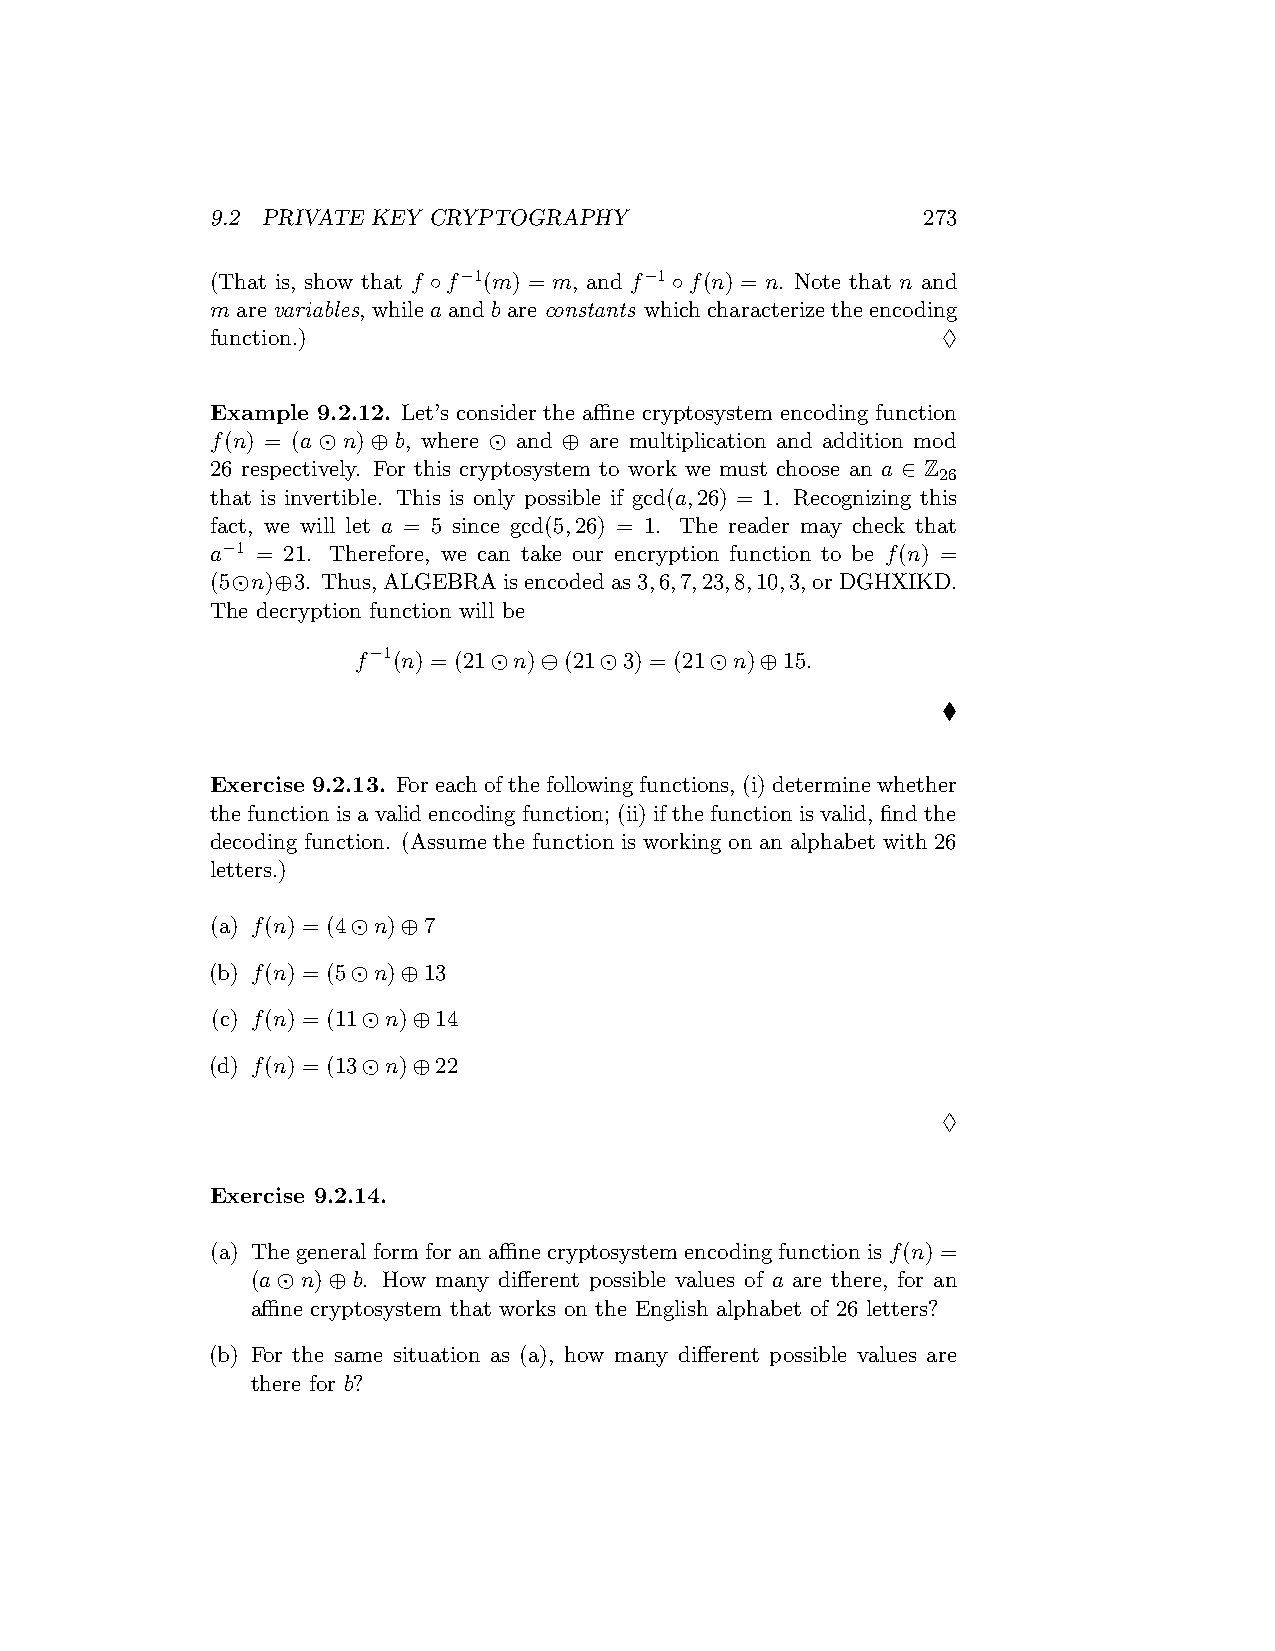
9.2 PRIVATE KEY CRYPTOGRAPHY                   273
 (That is, show that f ◦f−1(m) = m, and f−1◦f(n) = n. Note that n and
 marevariables, while aandbareconstants which characterize the encoding
 function.)                                      ♢
 Example 9.2.12. Let’s consider the affine cryptosystem encoding function
 f(n) = (a ⊙ n) ⊕ b, where ⊙ and ⊕ are multiplication and addition mod
 26 respectively. For this cryptosystem to work we must choose an a ∈ Z
 26
 that is invertible. This is only possible if gcd(a,26) = 1. Recognizing this
 fact, we will let a = 5 since gcd(5,26) = 1. The reader may check that
 a−1 = 21. Therefore, we can take our encryption function to be f(n) =
 (5⊙n)⊕3. Thus,ALGEBRAisencodedas3,6,7,23,8,10,3,orDGHXIKD.
 The decryption function will be
 f−1(n) = (21⊙n)⊖(21⊙3) = (21⊙n)⊕15.
 ♦
 Exercise 9.2.13. Foreachofthefollowingfunctions, (i)determinewhether
 the function is a valid encoding function; (ii) if the function is valid, find the
 decoding function. (Assume the function is working on an alphabet with 26
 letters.)
 (a) f(n) = (4⊙n)⊕7
 (b) f(n) = (5⊙n)⊕13
 (c) f(n) = (11⊙n)⊕14
 (d) f(n) = (13⊙n)⊕22
 ♢
 Exercise 9.2.14.
 (a) Thegeneralformforanaffinecryptosystemencodingfunctionisf(n) =
 (a⊙n)⊕b. How many different possible values of a are there, for an
 affine cryptosystem that works on the English alphabet of 26 letters?
 (b) For the same situation as (a), how many different possible values are
 there for b?